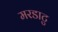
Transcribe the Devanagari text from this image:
मरडाटु